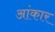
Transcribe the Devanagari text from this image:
आंकार